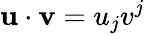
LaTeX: \mathbf{u}\cdot\mathbf{v}=u_{j}v^{j}